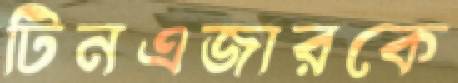
টিনএজারকে